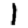
Digit: 1